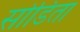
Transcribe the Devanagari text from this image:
सोडिता